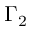
\Gamma _ { 2 }